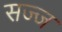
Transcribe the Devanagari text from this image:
सज्‍ज